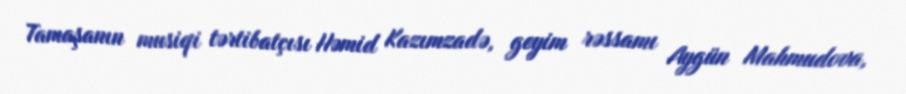
Tamaşanın musiqi tərtibatçısı Həmid Kazımzadə, geyim rəssamı Aygün Mahmudova,